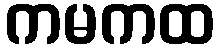
ကမကထ